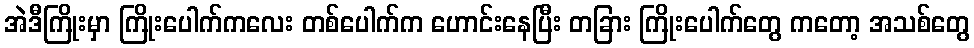
အဲဒီကြိုးမှာ ကြိုးပေါက်ကလေး တစ်ပေါက်က ဟောင်းနေပြီး တခြား ကြိုးပေါက်တွေ ကတော့ အသစ်တွေ